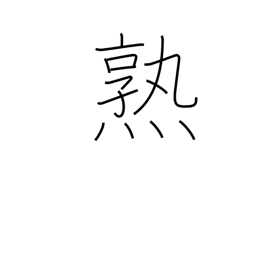
Meaning: acquire skill